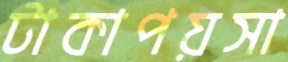
টাকাপয়সা